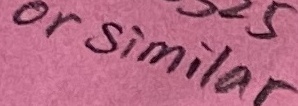
Text: or similar